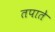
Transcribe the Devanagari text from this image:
तपाते